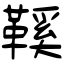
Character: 鞵